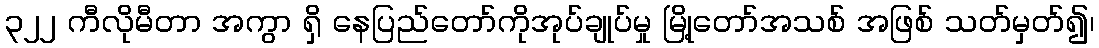
၃၂၂ ကီလိုမီတာ အကွာ ရှိ နေပြည်တော်ကိုအုပ်ချုပ်မှု မြို့တော်အသစ် အဖြစ် သတ်မှတ်၍၊